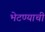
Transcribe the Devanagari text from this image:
भेटण्याची